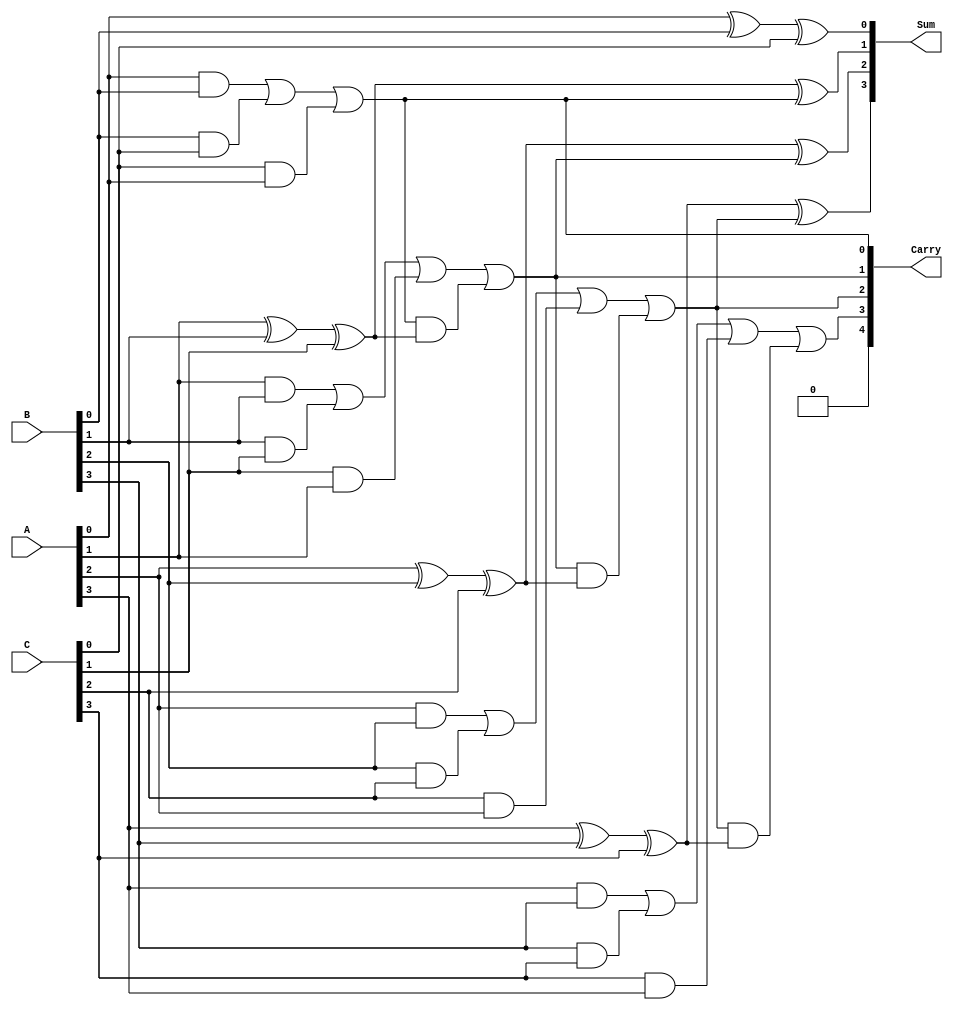
module carry_save_adder #(parameter n = 4) (
    input [(n-1):0] A,   // Input A
    input [(n-1):0] B,   // Input B
    input [(n-1):0] C,   // Input C
    output [(n-1):0] Sum, // Output Sum (Final sum)
    output [n:0] Carry   // Output Carry (This is n bits for carry handling)
);

    // Internal wires
    wire [n-1:0] sum_intermediate; // Intermediate sum outputs
    wire [n-1:0] carry_intermediate; // Intermediate carry outputs

    // Full adder logic for each bit position
    genvar i;
    generate
        for (i = 0; i < n; i = i + 1) begin : full_adder
            if (i == 0) begin
                assign sum_intermediate[i] = A[i] ^ B[i] ^ C[i]; // Sum output for the least significant bit
                assign carry_intermediate[i] = (A[i] & B[i]) | (B[i] & C[i]) | (C[i] & A[i]); // Carry output
            end else begin
                assign sum_intermediate[i] = A[i] ^ B[i] ^ C[i] ^ carry_intermediate[i-1]; // Add carry from previous stage
                assign carry_intermediate[i] = (A[i] & B[i]) | (B[i] & C[i]) | (C[i] & A[i]) | 
                                                (carry_intermediate[i-1] & (A[i] ^ B[i] ^ C[i])); // Calculate the carry
            end
        end
    endgenerate

    // Final outputs
    assign Sum = sum_intermediate;
    assign Carry = carry_intermediate;

endmodule